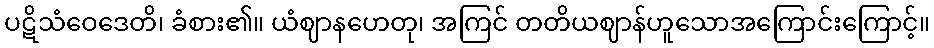
ပဋိသံဝေဒေတိ၊ ခံစား၏။ ယံဈာနဟေတု၊ အကြင် တတိယဈာန်ဟူသောအကြောင်းကြောင့်။